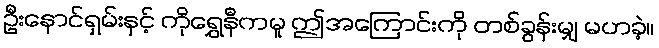
ဦးနောင်ရှမ်းနှင့် ကိုရွှေနီကမူ ဤအကြောင်းကို တစ်ခွန်းမျှ မဟခဲ့။